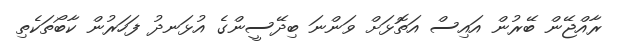
ރާއްޖޭން ބޭރުން އައިސް އަތޮޅަށް ވަންނަ ބިދޭސީންގެ އުޅަނދު ފަހަރުން ކާބޯތަކެތި